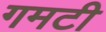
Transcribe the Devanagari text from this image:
गमटी